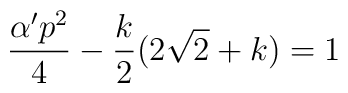
\frac{\alpha ' p^{2}}{4} -\frac{k}{2} (2\sqrt{2} +k) = 1